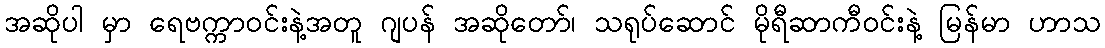
အဆိုပါ မှာ ရေဗက္ကာဝင်းနဲ့အတူ ဂျပန် အဆိုတော်၊ သရုပ်ဆောင် မိုရီဆာကီဝင်းနဲ့ မြန်မာ ဟာသ